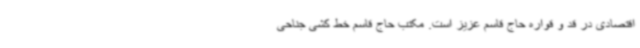
اقتصادی در قد و قواره حاج قاسم عزیز است. مکتب حاج قاسم خط کشی جناحی